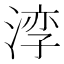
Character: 𪶧